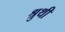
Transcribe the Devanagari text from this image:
श्रुथी